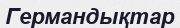
Германдықтар